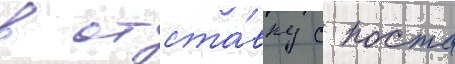
в отста́вку с поста